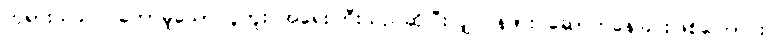
ဘုရားသခင်ပြုတော်မူသော ပူတူး အရေးကြီးသည်ဆိုပြီးလျှင် နဖား ဆောက်နေခြင်းဖြစ်ကြောင်း